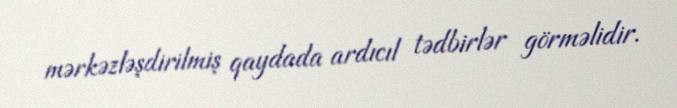
mərkəzləşdirilmiş qaydada ardıcıl tədbirlər görməlidir.